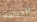
الحراسه